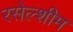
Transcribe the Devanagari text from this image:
रसेल्शीम